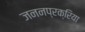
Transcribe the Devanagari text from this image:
जननप्रक्रिया